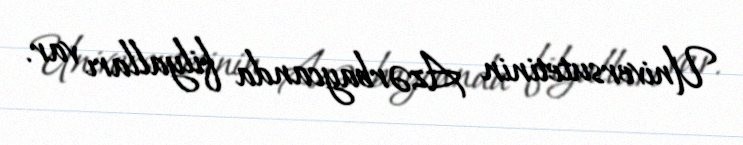
Universutetinin Azərbaycanda filyalları var.